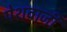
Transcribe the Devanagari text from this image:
पेशवाजी